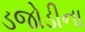
ડજોડીના